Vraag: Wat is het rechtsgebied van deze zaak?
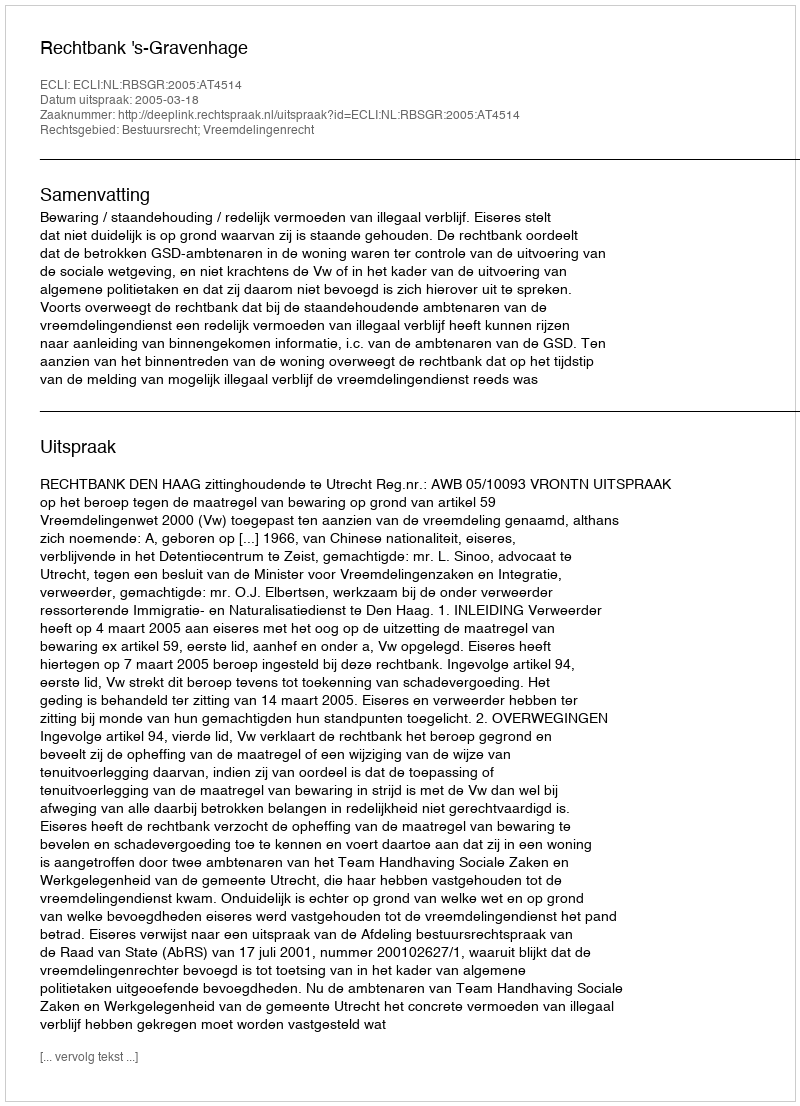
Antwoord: Bestuursrecht; Vreemdelingenrecht